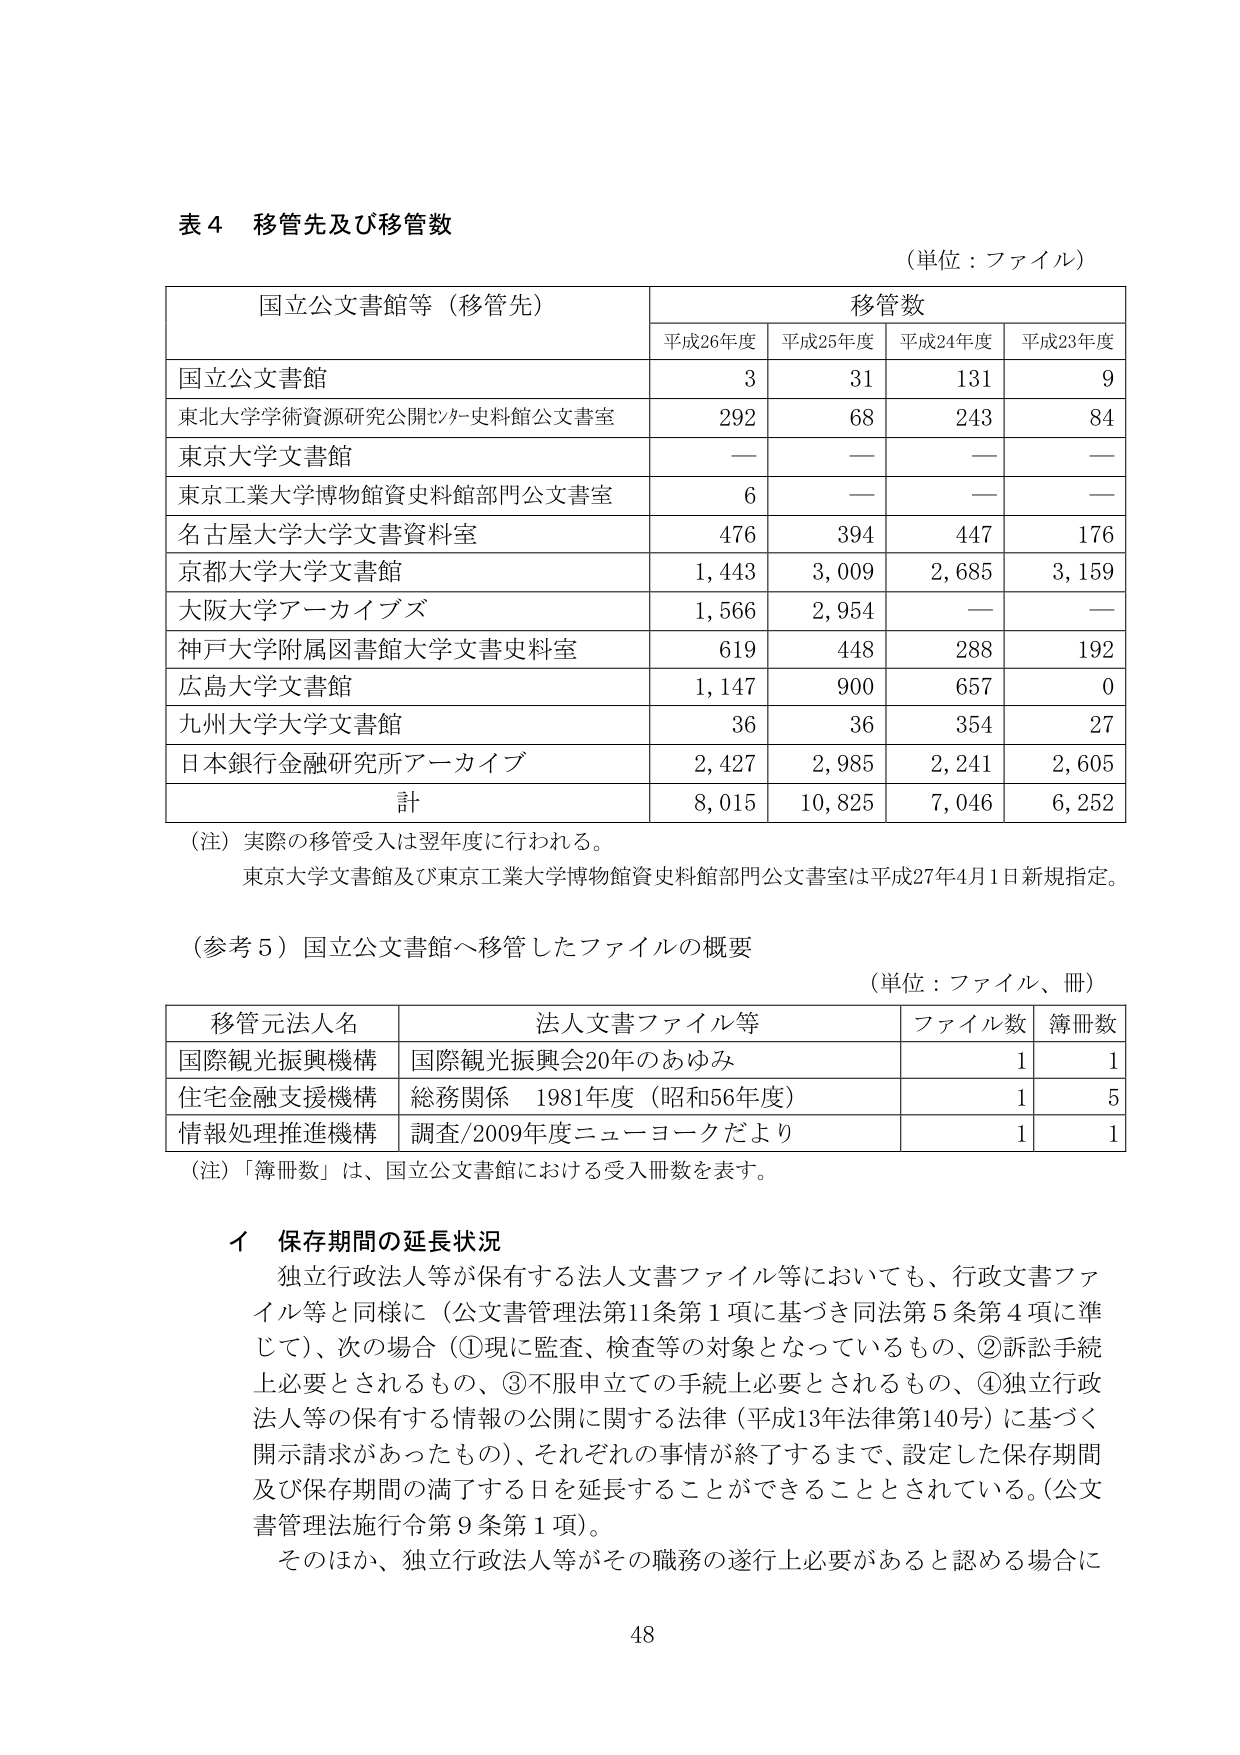
表４ 移管先及び移管数
（単位：ファイル）

国立公文書館等（移管先）　　移管数
　　　　　　　　　　　　　　平成26年度　平成25年度　平成24年度　平成23年度

国立公文書館　　　　　　　　　　3　　　　31　　　　131　　　　9
東北大学学術資源研究公開センター史料館公文書室　　292　　　68　　　　243　　　　84
東京大学文書館　　　　　　　　　—　　　　—　　　　—　　　　—
東京工業大学博物館資史料館部門公文書室　　　　　　6　　　　—　　　　—　　　　—
名古屋大学大学文書資料室　　　　476　　　394　　　　447　　　　176
京都大学大学文書館　　　　　　1,443　　　3,009　　　2,685　　　3,159
大阪大学アーカイブズ　　　　　　1,566　　　2,954　　　—　　　　—
神戸大学附属図書館大学文書史料室　　　　　　　　619　　　448　　　　288　　　　192
広島大学文書館　　　　　　　　1,147　　　900　　　　657　　　　0
九州大学大学文書館　　　　　　　36　　　　36　　　　354　　　　27
日本銀行金融研究所アーカイブ　　　2,427　　　2,985　　　2,241　　　2,605
計　　　　　　　　　　　　　　8,015　　　10,825　　　7,046　　　6,252

（注）実際の移管受入は翌年度に行われる。
　　東京大学文書館及び東京工業大学博物館資史料館部門公文書室は平成27年4月1日新規指定。

（参考５）国立公文書館へ移管したファイルの概要
（単位：ファイル、冊）

移管元法人名　　　　　　　　法人文書ファイル等　　　　　　ファイル数　　簿冊数
国際観光振興機構　　　　　　国際観光振興会20年のあゆみ　　　　　　1　　　　1
住宅金融支援機構　　　　　　総務関係　1981年度（昭和56年度）　　　　1　　　　5
情報処理推進機構　　　　　　調査/2009年度ニューヨークだより　　　　1　　　　1

（注）「簿冊数」は、国立公文書館における受入冊数を表す。

イ 保存期間の延長状況
　独立行政法人等が保有する法人文書ファイル等においても、行政文書ファイル等と同様に（公文書管理法第11条第1項に基づき同法第5条第4項に準じて）、次の場合（①現に監査、検査等の対象となっているもの、②訴訟手続上必要とされるもの、③不服申立ての手続上必要とされるもの、④独立行政法人等の保有する情報の公開に関する法律（平成13年法律第140号）に基づく開示請求があったもの）、それぞれの事情が終了するまで、設定した保存期間及び保存期間の満了する日を延長することができることとされている。（公文書管理法施行令第9条第1項）。
　そのほか、独立行政法人等がその職務の遂行上必要があると認める場合に

48